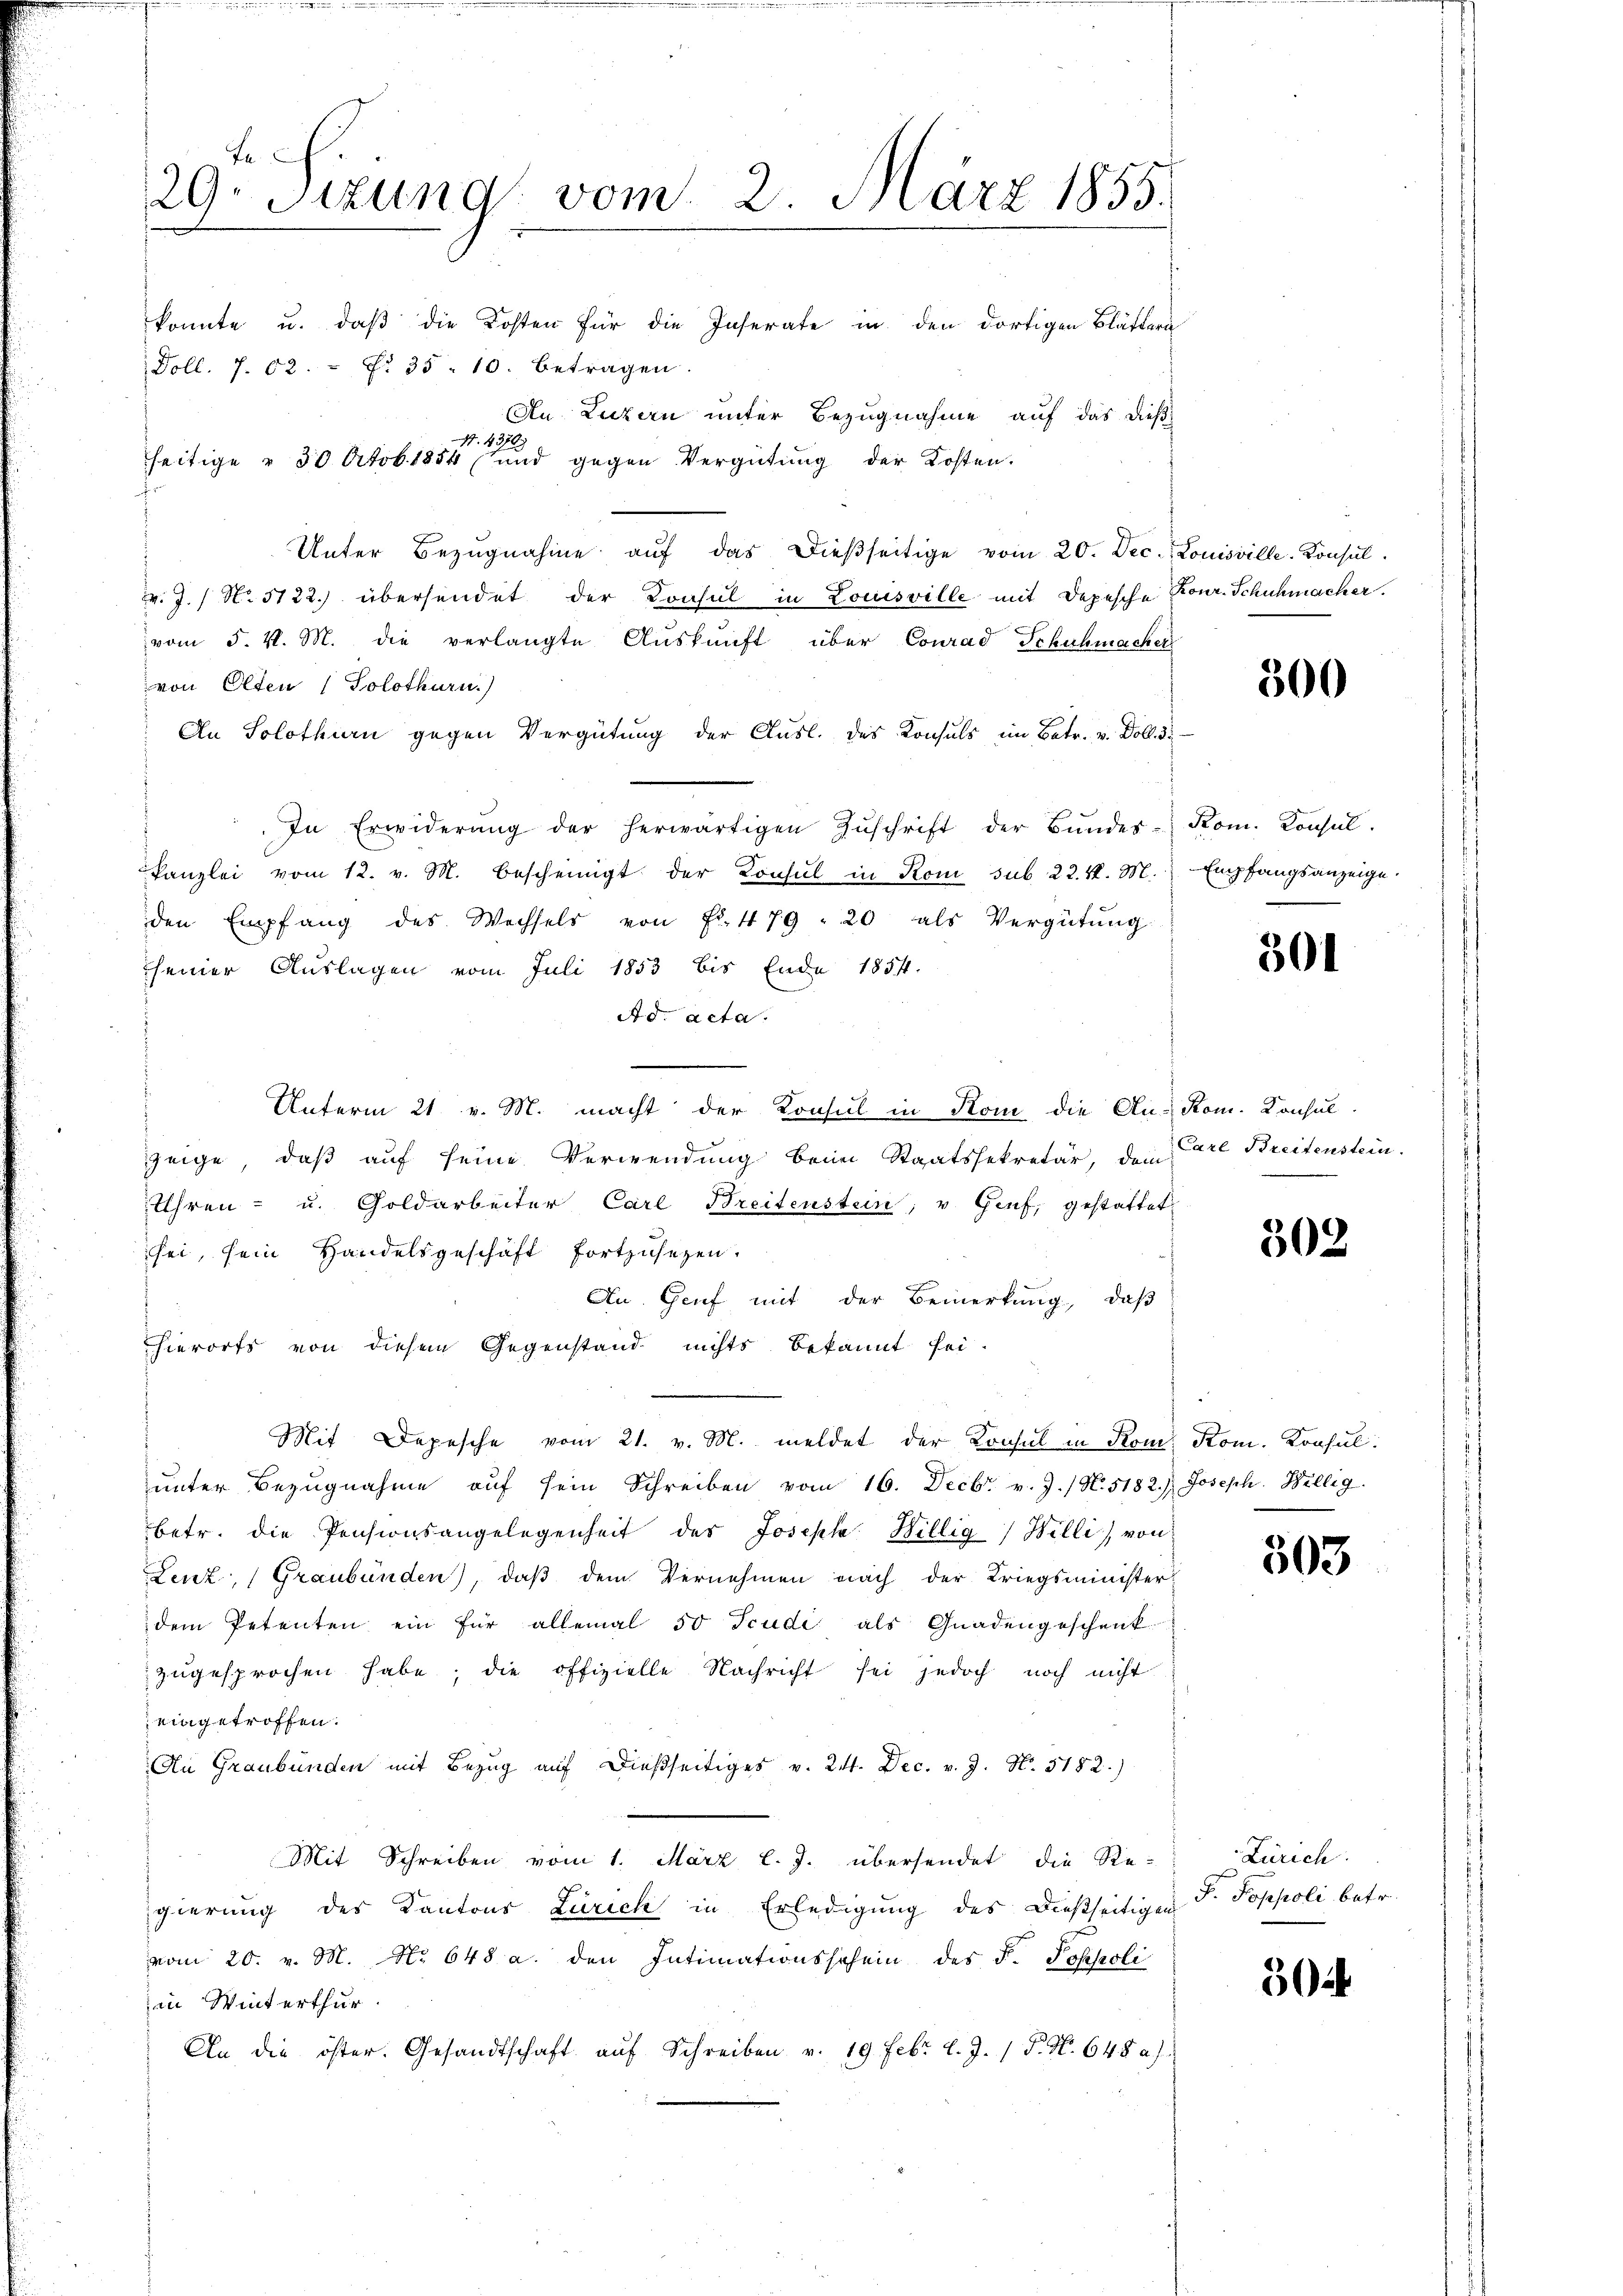
le
29. Sitzung vom 2. März 1855.

konnte u. daß die Kosten für die Inserate in den dortigen Blättern
Doll. 7. 62.  Fr. 35 - 10. betragen.
An Luzern unter Bezugnahme auf das dieß¬
19.
1316)
seitige v. 30 Octob. 1854 und gegen Vergütung der Kosten.
.
Unter Bezŭgnahme aŭf das dießseitige vom 20. Dec. Louisville. Konsul
v. J. / No 5122.) übersendet der Konsul in Louisville mit Depesche Konr. Schuhmacher.
vom 5. v. M. die verlangte Aŭskŭnft über Conrad Schuhmacher
von Olten ( Solothurn.)
An Solothurn gegen Vergütung der Aŭsl. des Konsuls im Betr. v. Doll. 3:
In Erwiderŭng der herwärtigen Zŭschrift der Bŭndes- Rom. Konsul-
kanzlei vom 12. v. M. bescheinigt der Konsul in Rom sub 22. M. M. Empfangsanzeige.
den Empfang des Wechsels von Fr. 479 : 20 als Vergütung
seiner Auslagen vom Juli 1853 bis Ende 1854.
Ad. acta.
Unterm 21. v. M. macht der Konsul in Kom die An-Rom. Konsul-
zeige, daß auf seine Verwendung beim Staatssekretär, dem Care Breitenstein.
Uhren- u. Goldarbeiter Carl Breitenstein, v. Genf, gestattet
sei, sein Handelsgeschäft fortzusetzen.
An. Genf mit der Bemerkung, daß
hierorts von diesem Gegenstand nichts bekannt sei.
Mit Depesche vom 21. v. M. meldet der Konsul in Rom. Kom. Konsul
unter Bezugnahme auf sein Schreiben vom 16. Decbr. v. J. / N. 5182.) Joseph. Willig
betr. die Pensionsangelegenheit des Josepha Hillig Willi von
Leuz, (Graubünden), daß dem Vernehmen nach der Kriegsminister-
dem Petenten ein für allemal 50 Tcudi als Gnadengeschenk
zugesprochen habe; die offizielle Nachricht sei jedoch noch nicht
eingetroffen.
An Graubünden mit Bezug auf dießseitiges v. 24. Dec. v. J. N. 3182.)
Mit Schreiben vom 1. März l. J. übersendet die Re-
gierung des Kantons Zürich in Erledigung des dießseitigen T. Toppoli betr.
vom 20. v. M. No 648 a. den Intimationsschein des F. Pospoli
in Winterthur.
An die öster. Gesandtschaft aŭf Schreiben v. 19 Febr. l. J. P. Nr. 648 a)

300

301

302

503

Zürich.

304